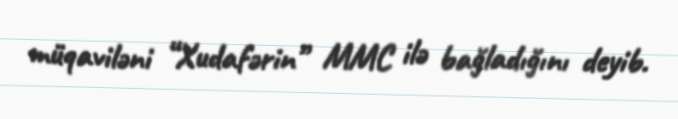
müqaviləni “Xudafərin” MMC ilə bağladığını deyib.